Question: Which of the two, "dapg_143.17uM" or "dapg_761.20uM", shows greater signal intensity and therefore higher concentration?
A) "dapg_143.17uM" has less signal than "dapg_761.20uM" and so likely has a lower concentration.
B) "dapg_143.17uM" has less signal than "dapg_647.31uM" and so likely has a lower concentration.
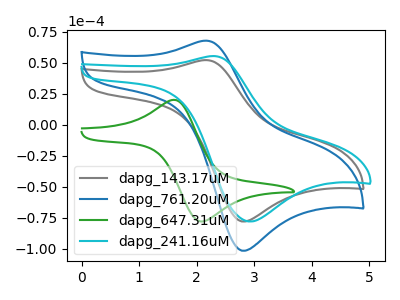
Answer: <think>The gray curve "dapg_143.17uM" has an anodic peak at (2.15V, 51.95uA) and a cathodic peak at (2.80V, -78.20uA). The blue curve "dapg_761.20uM" has an anodic peak at (2.15V, 67.65uA) and a cathodic peak at (2.80V, -101.75uA). The green curve "dapg_647.31uM" has an anodic peak at (1.65V, 19.65uA) and a cathodic peak at (2.10V, -78.25uA). The cyan curve "dapg_241.16uM" has an anodic peak at (2.30V, 55.20uA) and a cathodic peak at (2.90V, -78.25uA).
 All the peaks in "dapg_143.17uM" have a peak in "dapg_761.20uM" at the same potential. Every peak in "dapg_143.17uM" is lower than every peak in "dapg_761.20uM".</think>
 <answer>A) "dapg_143.17uM" has less signal than "dapg_761.20uM" and so likely has a lower concentration.</answer>
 <eval>A</eval>